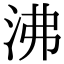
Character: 沸